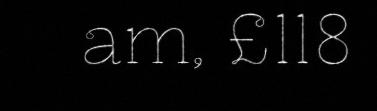
am, £118